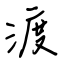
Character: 渡